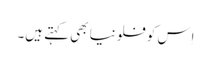
اِس کو فلونیا بھی کہتے ہیں۔